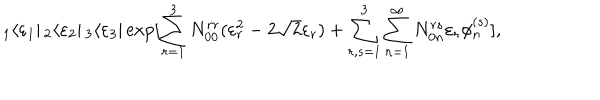
_ 1 \langle \varepsilon _ { 1 } | \, _ { 2 } \langle \varepsilon _ { 2 } | \, _ { 3 } \langle \varepsilon _ { 3 } | \exp [ \sum _ { r = 1 } ^ { 3 } N _ { 0 0 } ^ { r r } ( \varepsilon _ { r } ^ { 2 } - 2 \sqrt { 2 } \varepsilon _ { r } ) + \sum _ { r , s = 1 } ^ { 3 } \sum _ { n = 1 } ^ { \infty } N _ { 0 n } ^ { r s } \varepsilon _ { r } \phi _ { n } ^ { ( s ) } ] ,